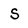
Character: S